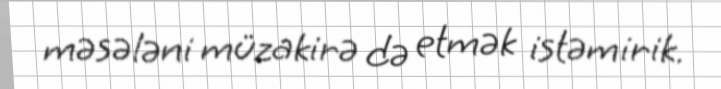
məsələni müzakirə də etmək istəmirik.